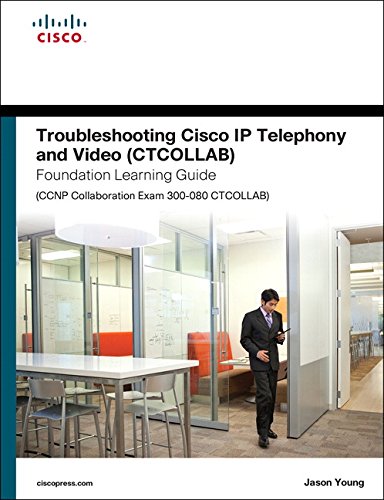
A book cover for Troubleshooting Cisco IP Telephony and Video (CTCOLLAB) Foundation Learning Guide (CCNP Collaboration Exam 300-080 CTCOLLAB) (Foundation Learning Guides); Jason Young; Computers & Technology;